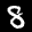
Label: 8